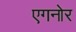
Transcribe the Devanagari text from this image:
एगनोर